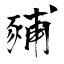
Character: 豧